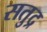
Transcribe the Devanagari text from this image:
सतुद्र